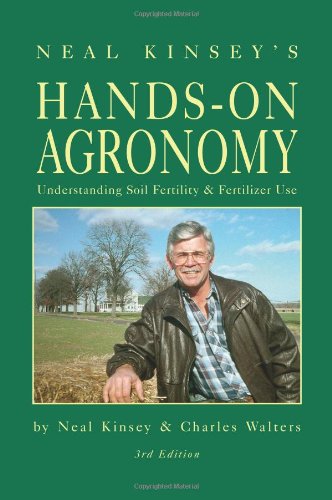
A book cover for Hands-On Agronomy, 3rd Edition; Neal Kinsey; Science & Math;